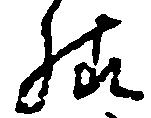
様